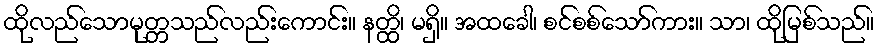
ထိုလည်သောမုတ္တသည်လည်းကောင်း။ နတ္ထိ၊ မရှိ။ အထခေါ၊ စင်စစ်သော်ကား။ သာ၊ ထိုမြစ်သည်။